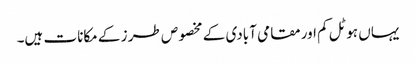
یہاں ہوٹل کم اور مقامی آبادی کے مخصوص طر ز کے مکانات ہیں۔